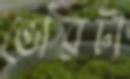
ভোরটা